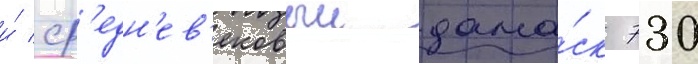
и́ ср'едн'ев'ековыи дама́ск 730